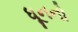
ધૂનનો